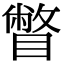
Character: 瞥